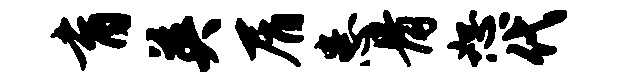
育英屑患骨恕代